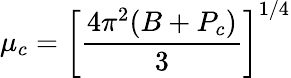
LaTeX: \mu_{c}=\left[\frac{4\pi^{2}(B+P_{c})}{3}\right]^{1/4}